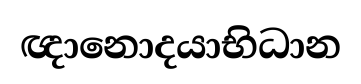
ඥානොදයාභිධාන